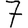
Digit: 7